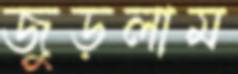
জুড়লাম